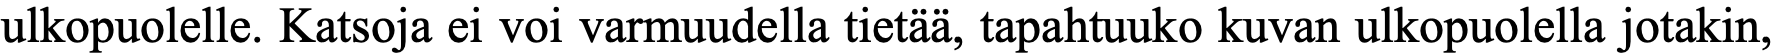
ulkopuolelle. Katsoja ei voi varmuudella tietää, tapahtuuko kuvan ulkopuolella jotakin,